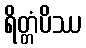
ရိတ္တံပိဿ